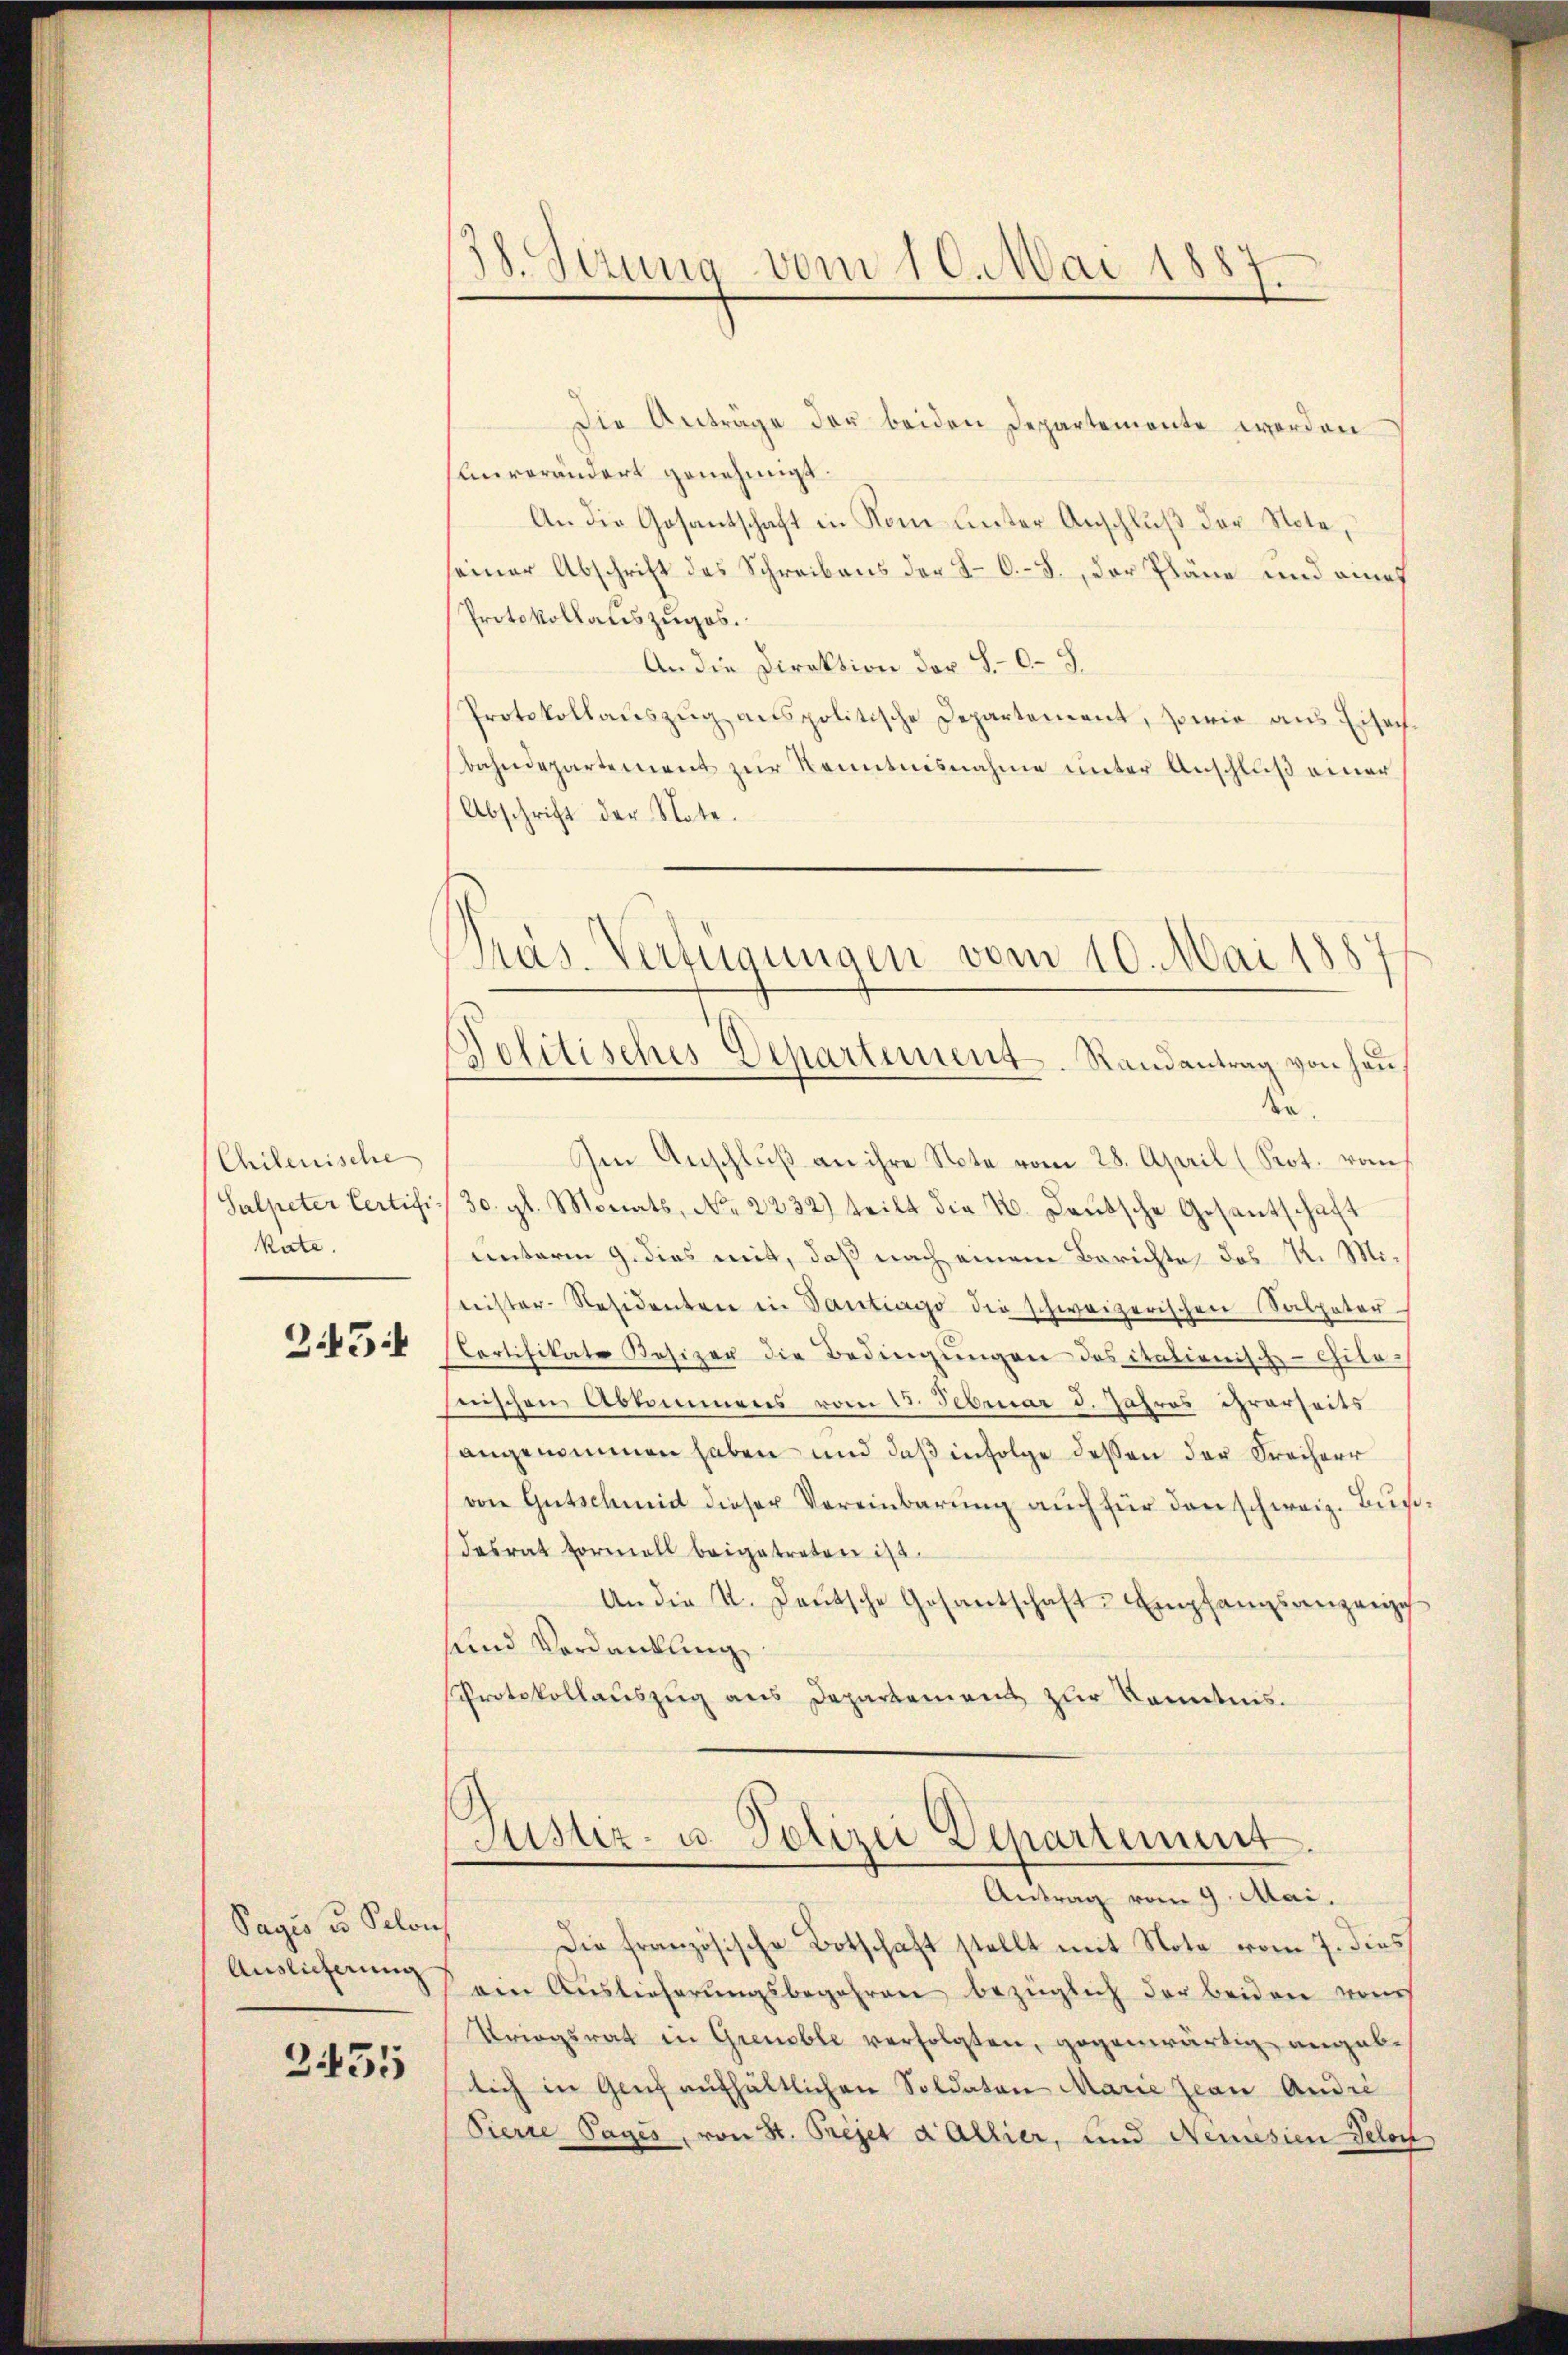
Chilenische
Salpeter Certifikate.

345:

Sagio u. Schon
Auslieferung

2435

B. Serung vom 10. Mai 1887.

Pras-Verfügungen vom 10. Mai 1887
Dolitisches Departement. Randantrag von heu¬

Die Anträge der beiden Departemente werden
Unverändert genehmigt.
An die Gesantschaft in Rom unter Anschluß der Note,
seiner Abschrift des Schreibens der LO.- 3., der Pläne und ainef
Protokollauszuges.
An die Direktion der S. O. S.
Protokollauszug anspolitische Departement, sowie aus Eisach
bahndepartement zur Kenntnisnahme unter Anschluß einer
Abschrift der Note.
de.
Im Anschluß an ihre Note vom 28. April (Prot. von
30. gl. Monats, No 2232) teilt die 4. Deutsche Gesantschaft
unterm 9. dies mit, daß nach einem Berichte das K. Miteister-Residenten in Santrags die schweizerischen Salpater
Cortifikate Besizer die Bedingŭngen das italienisch-Chilo-
nischen Abkommens vom 13. Februar d. Jahres ihrerseits
angenommen haben und daß infolge dessen der Freiherr
von Gutschmid dieser Vereinbarung auch für den schweiz. Buch
Fasrat formall beigetreten ist.
An die 4. Jaŭtsche Gesantschaft Empfangsanzeige
sund Verdankung
Protokollauszug aus Departement zur Kenntnis.
Justiz- u. Polizei Departement.
Antrag vom 9. Mai.
Die französische Botschaft stellt mit Note vom 7. dies
aen Auslieferŭngsbegehren bezüglich der beiden von
Kriegsrat in Grenoble verfolgten, gegenwärtig angeblich in Genf aufhältlichen Soldaten Marie Jean Andre
Pierre Pages, von St. Prejet a Allier, und Neuesien Veloc